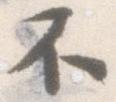
不